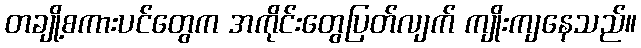
တချို့စကားပင်တွေက အကိုင်းတွေပြတ်လျက် ကျိုးကျနေသည်။